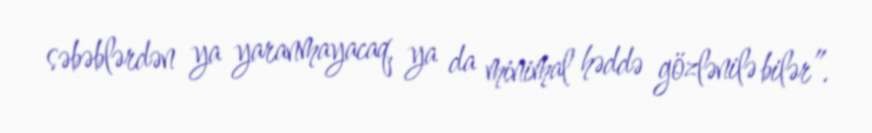
səbəblərdən ya yaranmayacaq, ya da minimal həddə gözlənilə bilər”.